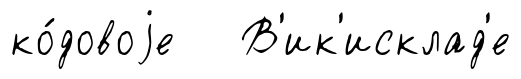
ко́довоjе В'ик'исклад'е